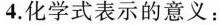
4.化学式表示的意义：